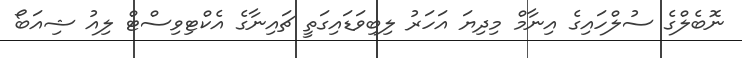
ނޮބެލްގެ ސުލްހައިގެ އިނާމް މިދިޔަ އަހަރު ލިބިވަޑައިގަތީ ޗައިނާގެ އެކްޓިވިސްޓް ލިއު ޝިއަބޯ